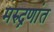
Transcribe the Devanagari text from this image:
मरुद्नणांत